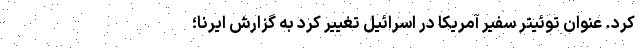
کرد. عنوان توئیتر سفیر آمریکا در اسرائیل تغییر کرد به گزارش ایرنا؛